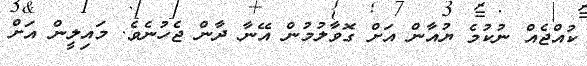
ކުއްޖެއް ނުކުމެ ޔުއާން އަށް ގޮވާލުމުން އޭނާ ދާން ޖެހުނެވެ. މައިލީން އަށް